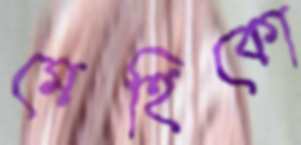
মেহিকো